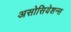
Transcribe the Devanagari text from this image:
असोसियेशन्स